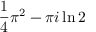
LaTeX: { \frac { 1 } { 4 } } \pi ^ { 2 } - \pi i \ln 2